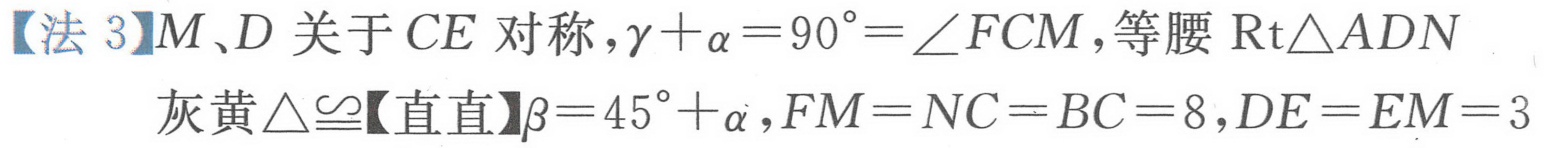
【法 3】\(M、D\) 关于 \(CE\) 对称，\(\gamma+\alpha = 90^{\circ}=\angle FCM\)，等腰 \(\text{Rt}\triangle ADN\)
灰黄 \(\triangle\cong\)【直直】\(\beta = 45^{\circ}+\alpha\)，\(FM = NC = BC = 8\)，\(DE = EM = 3\)